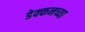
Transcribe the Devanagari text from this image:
डेक्कनच्या